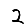
Digit: 2